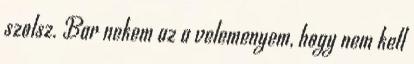
szolsz. Bar nekem az a velemenyem, hogy nem kell